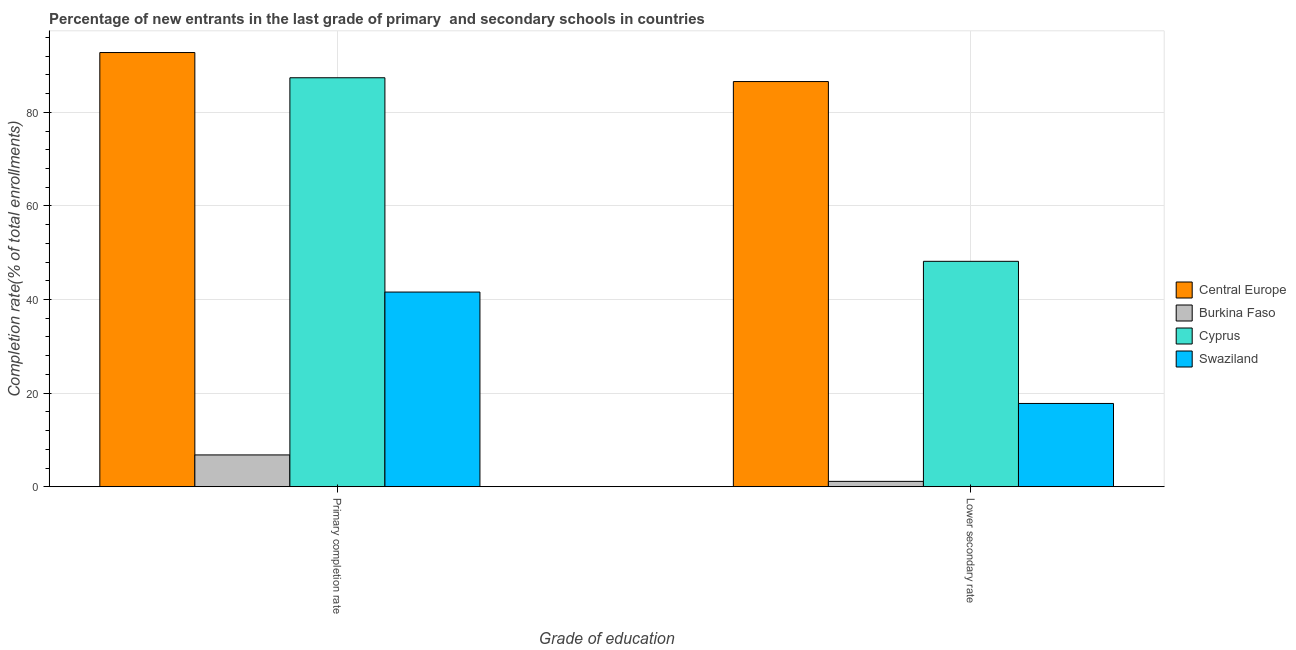
| Grade of education | Central Europe | Burkina Faso | Cyprus | Swaziland |
 | --- | --- | --- | --- | --- |
 | Primary completion rate | 92.8 | 6.79 | 87.4 | 41.6 |
 | Lower secondary rate | 86.6 | 1.15 | 48.2 | 17.8 |